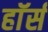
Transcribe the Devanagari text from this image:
हाॅर्स